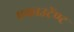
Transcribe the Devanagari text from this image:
एकाउटेंण्ट